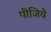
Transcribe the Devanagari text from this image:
पीजिये